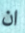
ان